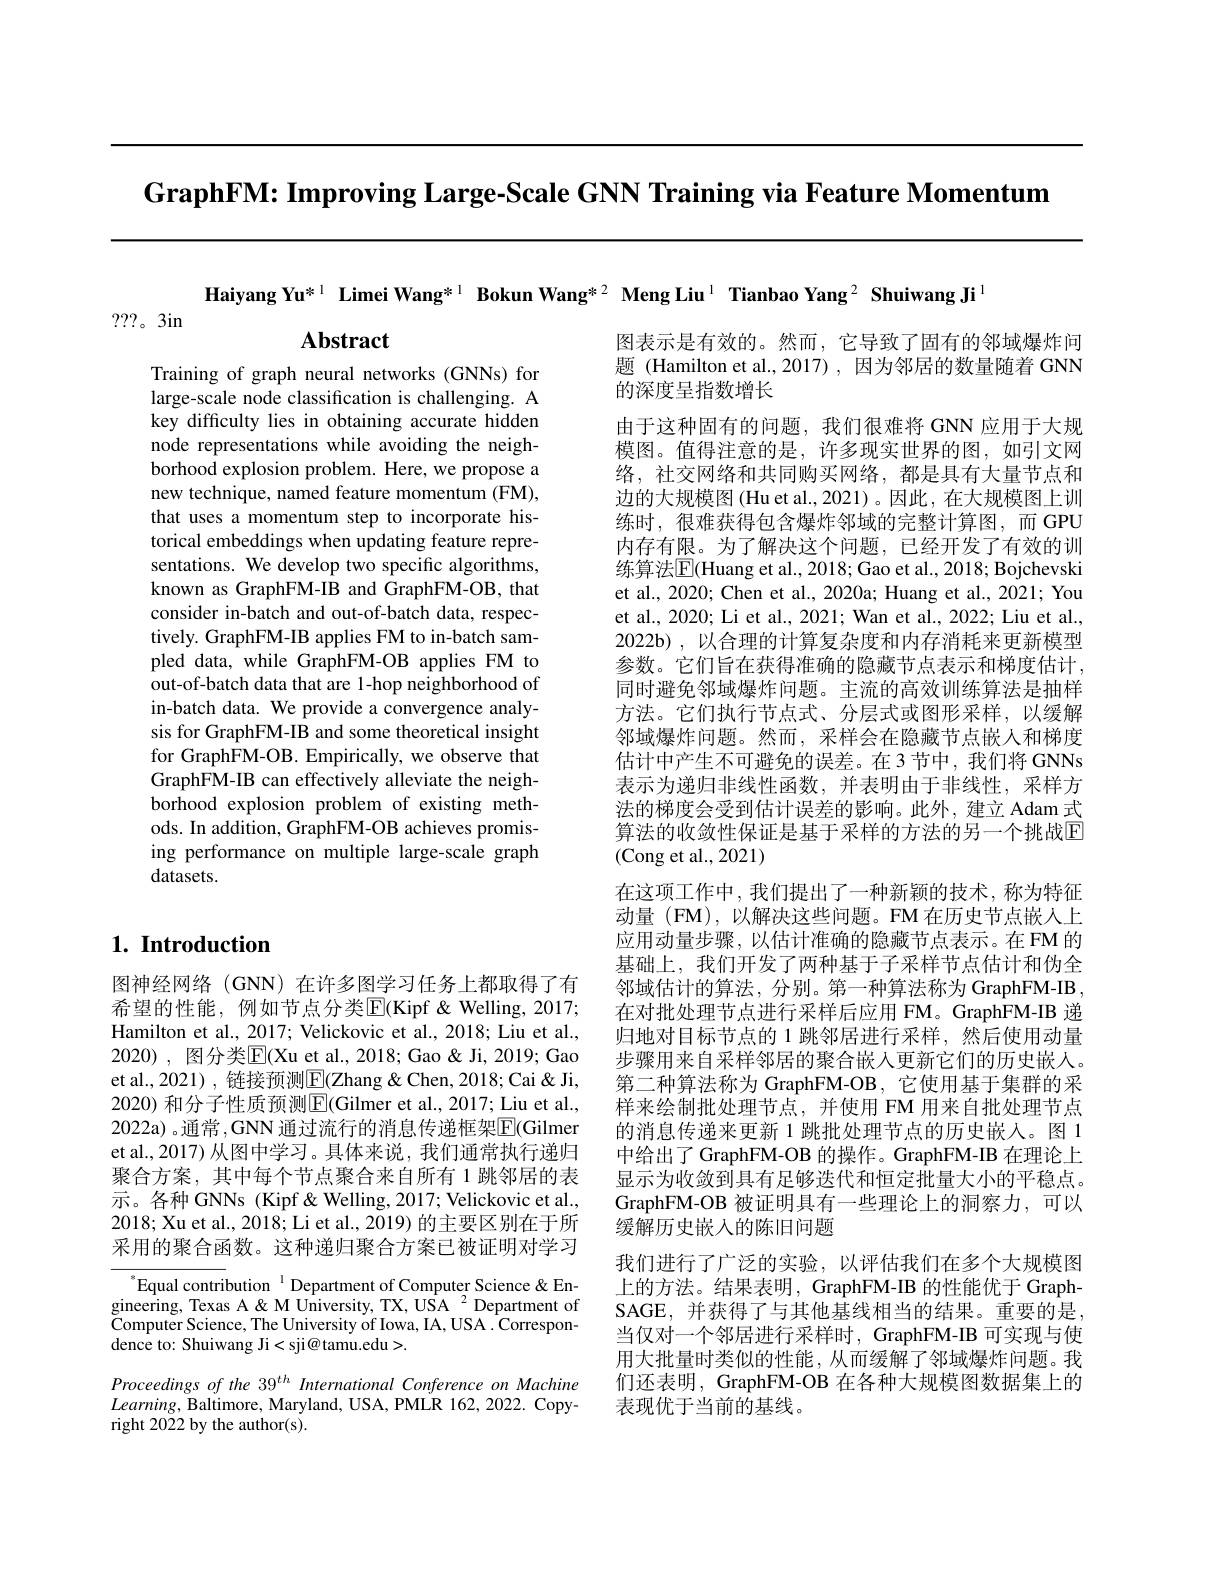
GraphFM: Improving Large-Scale GNN Training via Feature Momentum

Haiyang Yu*1 Limei Wang*1 Bokun Wang*2 Meng Liu$^{1}$ Tianbao Yang $^{2}$ Shuiwang Ji$^{1}$

???。3in

Abstract

Training of graph neural networks (GNNs) for large-scale node classification is challenging. A key difficulty lies in obtaining accurate hidden node representations while avoiding the neighborhood explosion problem. Here, we propose a new technique, named feature momentum (FM), that uses a momentum step to incorporate historical embeddings when updating feature representations. We develop two specific algorithms, known as GraphFM-IB and GraphFM-OB, that consider in-batch and out-of-batch data, respectively. GraphFM-IB applies FM to in-batch sampled data, while GraphFM-OB applies FM to out-of-batch data that are 1-hop neighborhood of in-batch data. We provide a convergence analysis for GraphFM-IB and some theoretical insight for GraphFM-OB. Empirically, we observe that GraphFM-IB can effectively alleviate the neighborhood explosion problem of existing methods. In addition, GraphFM-OB achieves promising performance on multiple large-scale graph datasets.

图表示是有效的。然而，它导致了固有的邻域爆炸问题 (Hamilton et al.,2017) , 因为邻居的数量随着 GNN 的深度呈指数增长
由于这种固有的问题，我们很难将 GNN 应用于大规模图。值得注意的是，许多现实世界的图，如引文网络，社交网络和共同购买网络，都是具有大量节点和边的大规模图(Hu et al., 2021)。因此，在大规模图上训练时，很难获得包含爆炸邻域的完整计算图，而GPU 内存有限。为了解决这个问题，已经开发了有效的训练算法$\overline{\mathrm{E}}$(Huang et al., 2018; Gao et al., 2018; Bojchevski et al., 2020; Chen et al., 2020a; Huang et al., 2021; You et al., 2020; Li et al., 2021; Wan et al., 2022; Liu et al., 2022b),以合理的计算复杂度和内存消耗来更新模型参数。它们旨在获得准确的隐藏节点表示和梯度估计， 同时避免邻域爆炸问题。主流的高效训练算法是抽样方法。它们执行节点式、分层式或图形采样，以缓解邻域爆炸问题。然而，采样会在隐藏节点嵌人和梯度估计中产生不可避免的误差。在 3 节中，我们将 GNNs 表示为递归非线性函数，并表明由于非线性，采样方法的梯度会受到估计误差的影响。此外，建立 Adam 式算法的收敛性保证是基于采样的方法的另一个挑战$\overline{\mathrm{E}}$ (Cong et al., 2021)
在这项工作中，我们提出了一种新颖的技术，称为特征动量 (FM),以解决这些问题。FM 在历史节点嵌人上应用动量步骤，以估计准确的隐藏节点表示。在FM 的基础上，我们开发了两种基于子采样节点估计和伪全邻域估计的算法，分别。第一种算法称为 GraphFM-IB 在对批处理节点进行采样后应用 FM。GraphFM-IB 递归地对目标节点的 1 跳邻居进行采样，然后使用动量步骤用来自采样邻居的聚合嵌入更新它们的历史嵌人。第二种算法称为 GraphFM-OB, 它使用基于集群的采样来绘制批处理节点，并使用 FM 用来自批处理节点的消息传递来更新 1 跳批处理节点的历史嵌人。图 1中给出了 GraphFM-OB 的操作。GraphFM-IB 在理论上显示为收敛到具有足够迭代和恒定批量大小的平稳点。GraphFM-OB 被证明具有一些理论上的洞察力，可以缓解历史嵌入的陈旧问题
我们进行了广泛的实验，以评估我们在多个大规模图上的方法。结果表明，GraphFM-IB 的性能优于 GraphSAGE, 并获得了与其他基线相当的结果。重要的是， 当仅对一个邻居进行采样时，GraphFM-IB 可实现与使用大批量时类似的性能，从而缓解了邻域爆炸问题。我们还表明，GraphFM-OB 在各种大规模图数据集上的表现优于当前的基线。

## $1. \textbf{ Introduction}$

图神经网络(GNN)在许多图学习任务上都取得了有希望的性能，例如节点分类$\overline{\mathrm{E}}($Kipf&Welling,2017; Hamilton et al., 2017; Velickovic et al., 2018; Liu et al., 2020), 图分类$\overline{\mathrm{E}}($Xu et al., 2018; Gao & Ji, 2019; Gao et al.,2021) , 链接预测$\boxed{\mathrm{E}}($Zhang & 2018; Cai & 2020) 和分子性质预测$\boxed{\mathrm{F}}($Gilmer et al., 2017; Liu et al., 2022a) 。通常 ,GNN 通过流行的消息传递框架$\overline{\mathrm{E}}($Gilmer et al.,2017) 从图中学习。具体来说，我们通常执行递归聚合方案，其中每个节点聚合来自所有 1 跳邻居的表示。各种 GNNs (Kipf&Welling,2017; Velickovic et al., 2018; Xu et al., 2018; Li et al., 2019) 的主要区别在于所采用的聚合函数。这种递归聚合方案已被证明对学习

$^{*}$Equal contribution$^{\text{1}}$Department of Computer Science&Engineering, Texas A& M University, TX, USA $^{2}$ Department of Computer Science, The University of Iowa, IA, USA. Correspondence to: Shuiwang Ji<sji@ tamu.edu>.

Proceedings of the 39$^{th}$ International Conference on Machine $Learning$,Baltimore, Maryland, USA, PMLR 162, 2022. Copyright 2022 by the author(s).